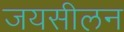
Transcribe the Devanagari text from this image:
जयसीलन